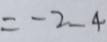
= - 2 - 4